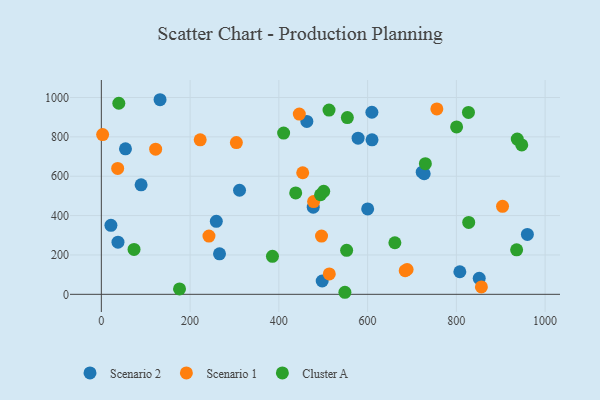
{"axis": {"x": "Engine Size", "y": "Rating"}, "legend": ["Cluster A", "Scenario 1", "Scenario 2"], "data": [{"x": "851.6", "y": 81.1, "type": "Scenario 2"}, {"x": "600.2", "y": 433.8, "type": "Scenario 2"}, {"x": "21.6", "y": 350.8, "type": "Scenario 2"}, {"x": "132.3", "y": 988.8, "type": "Scenario 2"}, {"x": "311.4", "y": 528.8, "type": "Scenario 2"}, {"x": "477.5", "y": 442.8, "type": "Scenario 2"}, {"x": "578.6", "y": 793.2, "type": "Scenario 2"}, {"x": "266.3", "y": 205.6, "type": "Scenario 2"}, {"x": "497.7", "y": 67.6, "type": "Scenario 2"}, {"x": "463.1", "y": 878.4, "type": "Scenario 2"}, {"x": "37.5", "y": 265.1, "type": "Scenario 2"}, {"x": "259.1", "y": 371.0, "type": "Scenario 2"}, {"x": "610.0", "y": 785.0, "type": "Scenario 2"}, {"x": "807.9", "y": 114.7, "type": "Scenario 2"}, {"x": "54.4", "y": 739.1, "type": "Scenario 2"}, {"x": "89.6", "y": 556.4, "type": "Scenario 2"}, {"x": "723.1", "y": 620.6, "type": "Scenario 2"}, {"x": "727.6", "y": 612.6, "type": "Scenario 2"}, {"x": "960.1", "y": 304.4, "type": "Scenario 2"}, {"x": "609.7", "y": 925.1, "type": "Scenario 2"}, {"x": "478.4", "y": 471.2, "type": "Scenario 1"}, {"x": "756.1", "y": 942.1, "type": "Scenario 1"}, {"x": "122.4", "y": 737.7, "type": "Scenario 1"}, {"x": "856.5", "y": 37.8, "type": "Scenario 1"}, {"x": "904.1", "y": 446.9, "type": "Scenario 1"}, {"x": "513.7", "y": 103.7, "type": "Scenario 1"}, {"x": "2.9", "y": 811.7, "type": "Scenario 1"}, {"x": "689.1", "y": 126.1, "type": "Scenario 1"}, {"x": "36.8", "y": 639.9, "type": "Scenario 1"}, {"x": "446.1", "y": 915.9, "type": "Scenario 1"}, {"x": "453.8", "y": 617.7, "type": "Scenario 1"}, {"x": "222.8", "y": 785.1, "type": "Scenario 1"}, {"x": "242.5", "y": 295.9, "type": "Scenario 1"}, {"x": "684.8", "y": 120.2, "type": "Scenario 1"}, {"x": "304.3", "y": 770.9, "type": "Scenario 1"}, {"x": "496.2", "y": 296.0, "type": "Scenario 1"}, {"x": "73.7", "y": 228.0, "type": "Cluster A"}, {"x": "176.2", "y": 27.5, "type": "Cluster A"}, {"x": "438.0", "y": 515.2, "type": "Cluster A"}, {"x": "548.9", "y": 10.4, "type": "Cluster A"}, {"x": "937.3", "y": 789.0, "type": "Cluster A"}, {"x": "513.1", "y": 936.2, "type": "Cluster A"}, {"x": "800.6", "y": 850.5, "type": "Cluster A"}, {"x": "385.6", "y": 192.9, "type": "Cluster A"}, {"x": "947.4", "y": 759.1, "type": "Cluster A"}, {"x": "730.2", "y": 663.7, "type": "Cluster A"}, {"x": "935.9", "y": 226.0, "type": "Cluster A"}, {"x": "39.4", "y": 970.8, "type": "Cluster A"}, {"x": "494.0", "y": 505.9, "type": "Cluster A"}, {"x": "501.1", "y": 523.2, "type": "Cluster A"}, {"x": "410.8", "y": 819.3, "type": "Cluster A"}, {"x": "554.4", "y": 898.0, "type": "Cluster A"}, {"x": "827.3", "y": 924.5, "type": "Cluster A"}, {"x": "552.8", "y": 223.8, "type": "Cluster A"}, {"x": "827.9", "y": 365.3, "type": "Cluster A"}, {"x": "661.5", "y": 262.0, "type": "Cluster A"}]}